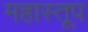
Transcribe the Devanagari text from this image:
महास्तूप